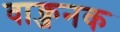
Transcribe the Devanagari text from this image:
वाक्जनक